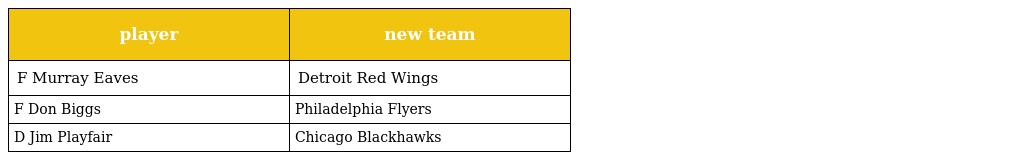
| player | new team |
 | --- | --- |
 | F Murray Eaves | Detroit Red Wings |
 | F Don Biggs | Philadelphia Flyers |
 | D Jim Playfair | Chicago Blackhawks |